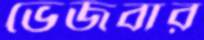
ভেজবার